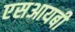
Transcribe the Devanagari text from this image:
एसआयबी